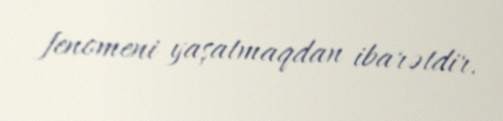
fenomeni yaşatmaqdan ibarətdir.